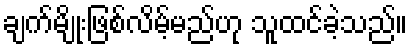
ချက်မျိုးဖြစ်လိမ့်မည်ဟု သူထင်ခဲ့သည်။